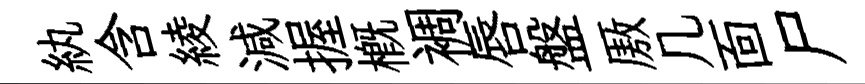
紈含綾減握槪裯唇盤厫几靣尸